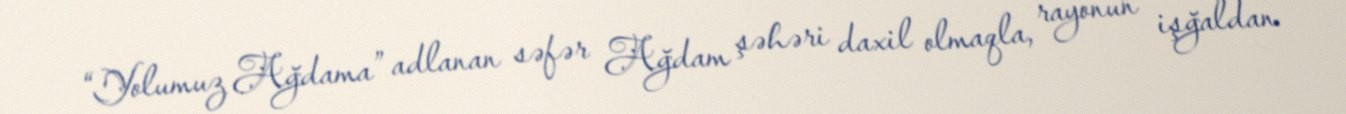
“Yolumuz Ağdama” adlanan səfər Ağdam şəhəri daxil olmaqla, rayonun işğaldan